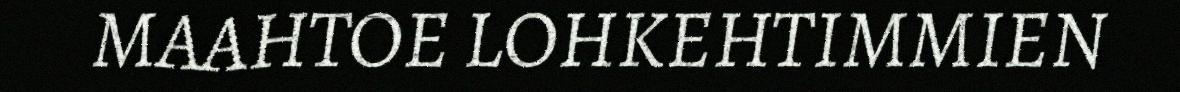
MAAHTOE LOHKEHTIMMIEN